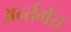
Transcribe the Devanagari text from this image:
अर्न्तर्गत